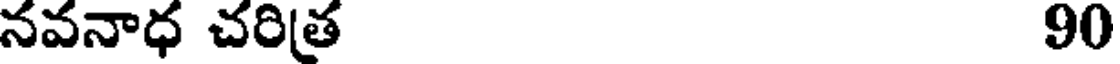
నవనాధ చరిత్ర 90